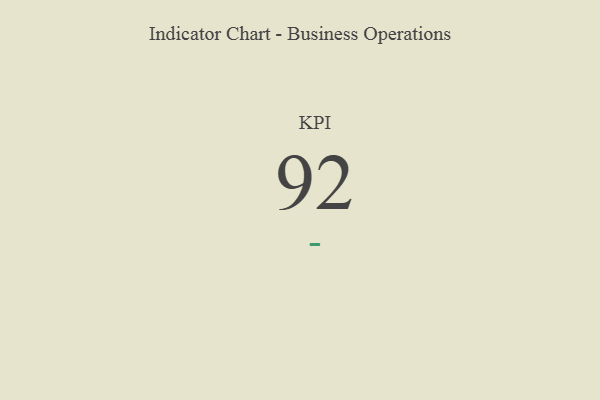
{"axis": {"x": "KPI", "y": "Value"}, "legend": [""], "data": [{"x": "KPI", "y": 92, "type": ""}]}